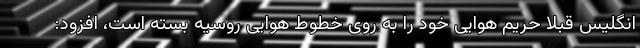
انگلیس قبلا حریم هوایی خود را به روی خطوط هوایی روسیه بسته است، افزود: